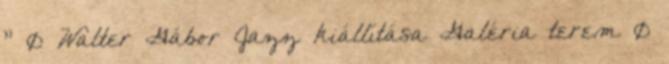
” 0 Walter Gábor Jazz kiállítása Galéria terem 0